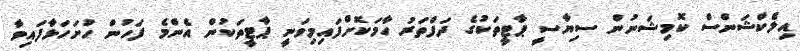
އިލެކްޝަންސް ކޮމިޝަނުން ސިޔާސީ ޕާޓީތަކުގެ ދަފްތަރު ހާމަކޮށްފައިމިވަނީ ޕާޓީތަކުން އެންމެ ފަހުން ހުށަހަޅާފައިވާ